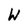
Character: W